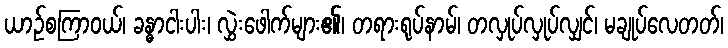
ယာဉ်စကြာဝယ်၊ ခန္ဓာငါးပါး၊ လွှဲးဖေါက်များ၏၊ တရားရုပ်နာမ်၊ တလှုပ်လှုပ်လျှင်၊ မချုပ်လေတတ်၊